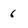
Character: 6